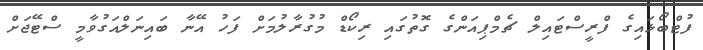
ފުޓްބޯޅައިގެ ފްރީސްޓައިލް ޗެމްޕިއަންގެ ގޮތުގައި ރިކޯޑް މުގުރާލުމަށް ފަހު އޭނާ ބައިނަލްއަގުވާމީ ސްޓޭޖަށް